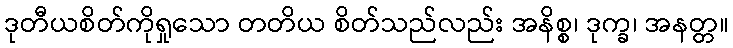
ဒုတီယစိတ်ကိုရှုသော တတိယ စိတ်သည်လည်း အနိစ္စ၊ ဒုက္ခ၊ အနတ္တ။